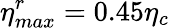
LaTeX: \eta_{max}^{r}=0.45\eta_{c}